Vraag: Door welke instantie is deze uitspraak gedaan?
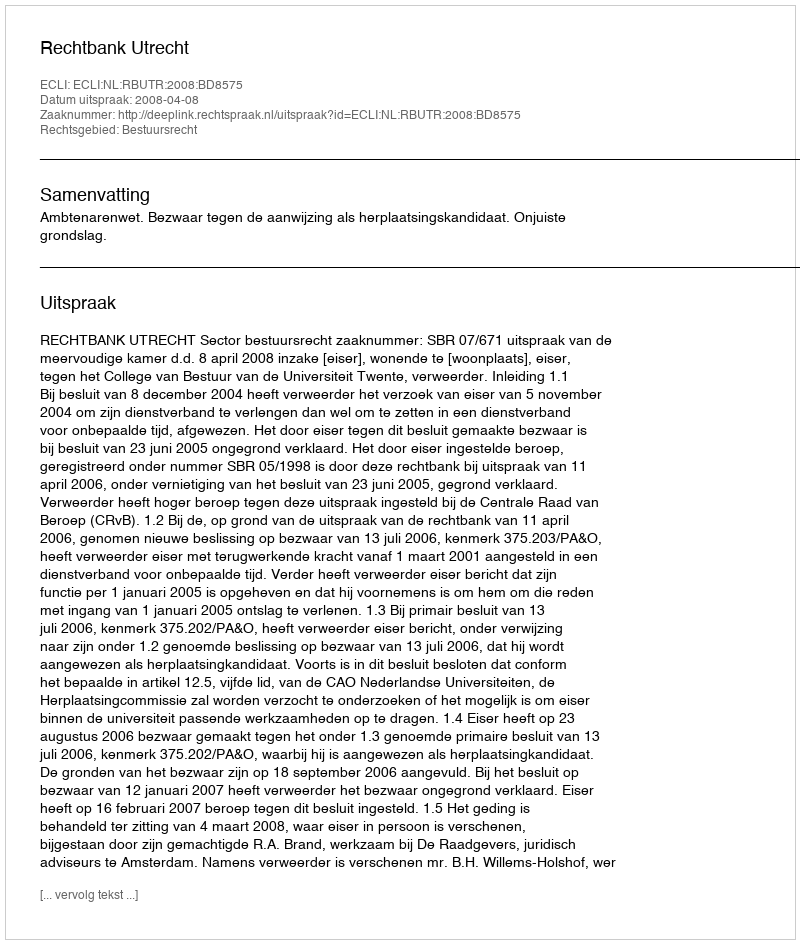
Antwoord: Rechtbank Utrecht